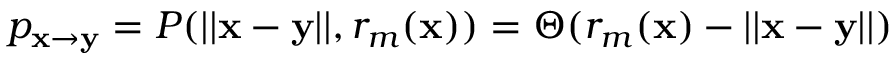
p _ { \mathbf x \to \mathbf y } = P ( | | \mathbf x - \mathbf y | | , r _ { m } ( \mathbf x ) ) = \Theta ( r _ { m } ( \mathbf x ) - | | \mathbf x - \mathbf y | | )